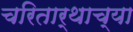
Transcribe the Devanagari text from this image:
चरितार्थाच्या